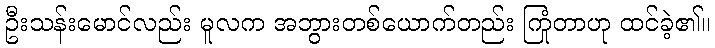
ဦးသန်းမောင်လည်း မူလက အဘွားတစ်ယောက်တည်း ကြုံတာဟု ထင်ခဲ့၏။